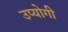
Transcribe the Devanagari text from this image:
उप्योगी